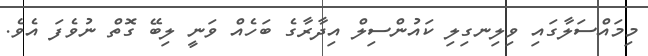
މިމައްސަލާގައި ވިލިނގިލި ކައުންސިލް އިދާރާގެ ބަހެއް ވަނީ ލިބޭ ގޮތް ނުވެފަ އެވެ.